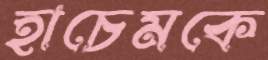
হাচেমকে